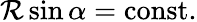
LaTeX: \mathcal{R}\sin\alpha={\mathrm{{const.}}}